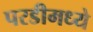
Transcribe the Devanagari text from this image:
परडीमध्ये